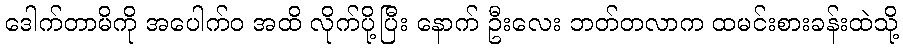
ဒေါက်တာမိကို အပေါက်ဝ အထိ လိုက်ပို့ပြီး နောက် ဦးလေး ဘတ်တလာက ထမင်းစားခန်းထဲသို့